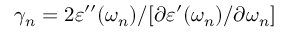
\gamma _ { n } = 2 \varepsilon ^ { \prime \prime } ( \omega _ { n } ) / [ \partial \varepsilon ^ { \prime } ( \omega _ { n } ) / \partial \omega _ { n } ]